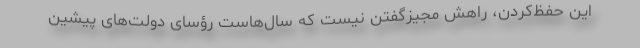
این حفظ‌کردن، راهش مجیزگفتن نیست که سال‌هاست رؤسای دولت‌های پیشین